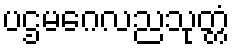
ပဌမဂေလညသုတ္တံ